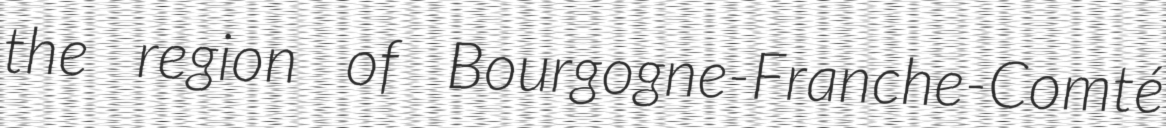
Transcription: the region of Bourgogne-Franche-Comté